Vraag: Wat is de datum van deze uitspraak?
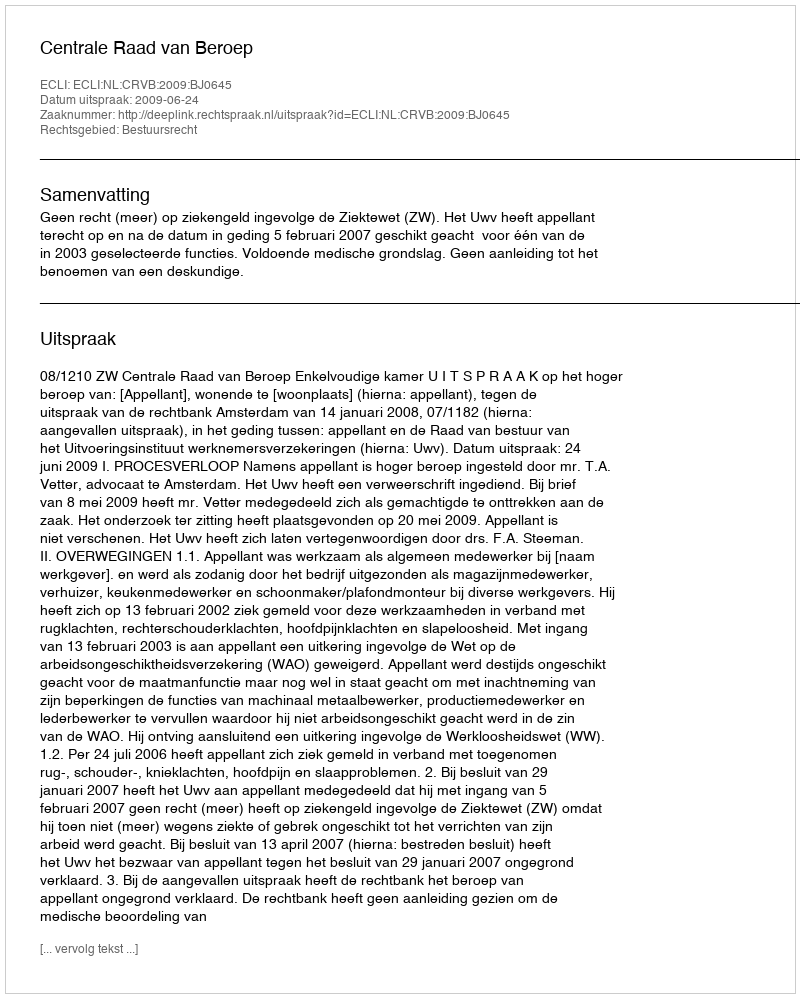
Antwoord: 2009-06-24